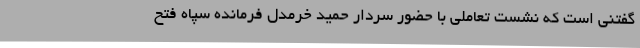
گفتنی است که نشست تعاملی با حضور سردار حمید خرمدل فرمانده سپاه فتح